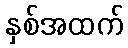
နှစ်အထက်